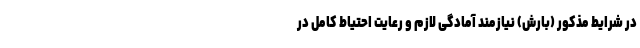
در شرایط مذکور (بارش) نیازمند آمادگی لازم و رعایت احتیاط کامل در